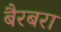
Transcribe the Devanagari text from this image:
बैरबरा